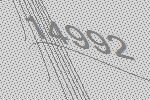
14992